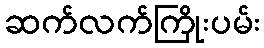
ဆက်လက်ကြိုးပမ်း